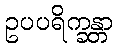
ဥပပရိက္ခန္တာ